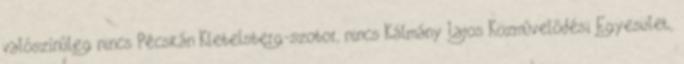
valószínûleg nincs Pécskán Klebelsberg-szobor, nincs Kálmány Lajos Közmûvelõdési Egyesület,